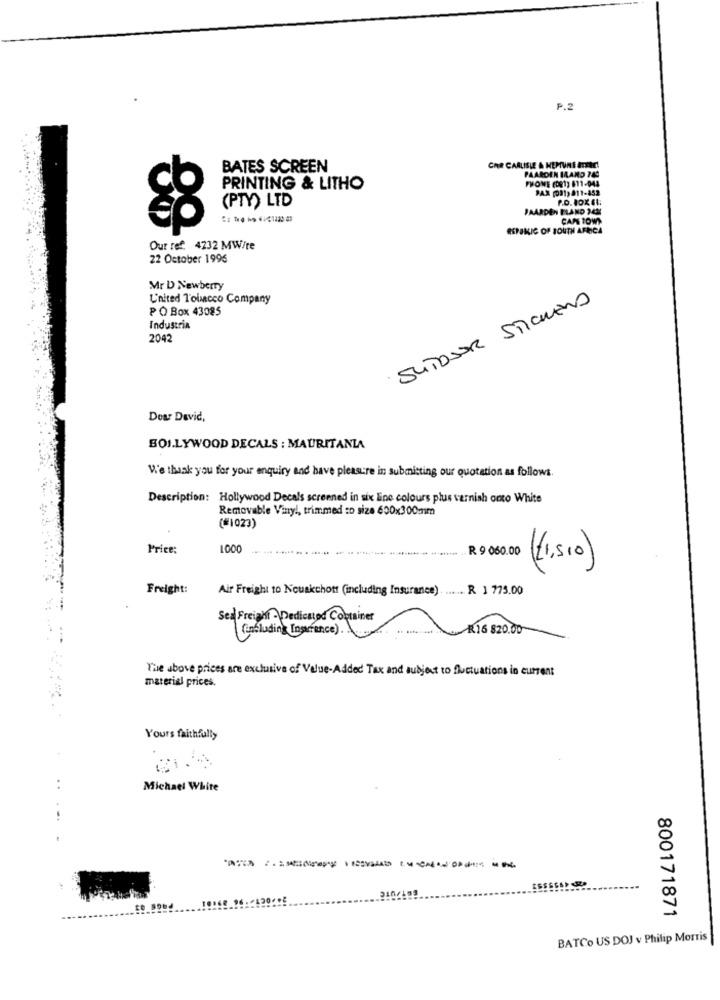
P.2
BATES SCREEN
CAR CARLISLE & NEMUNE IMAC!
PAARDEN ILAND 749
PHOWE (081) 811-043
PRINTING & LITHO
PAX (081) 811-452
(PTY) LTD
P.O. BOX E1:
PAARDEN BLAND ICH
CAPE TOWN
REPSKIC OF SOUTH AFRICA
Our ref. 4232 MW/te
22 October 1996
Mr D Newberry
L'nited l'olmacco Company
SUTOSER STICHENO
P O Box 43085
Industria
2042
Doar David,
SOI.LYWOOD DECALS : MAURITANIA
V.'e thank you for your enquiry and have pleasure in submitting our quotation as follows.
Description: Hollywood Decals screened in six line colours plus varnish onto White
Removable Viny !, trimmed :D size 600x300mm
(#1023)
Price:
R 9 060.00
(1,510)
Freight:
Air Freight to Nouakchott (including Insurance). R ] 775.00
Sed Freight Dedicated Container
(including Insurance).
R16 820.00
The above prices are exclusive of Value-Added Tax and subject to fluctuations in current
material prices.
Yours faithfully
Michael White
800171871
BATCO US DOJ v Philip Morris